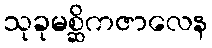
သုခုမစ္ဆိကဇာလေန